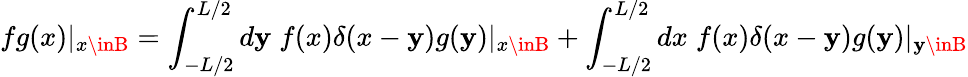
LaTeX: fg(x)|_{x\inB}=\int_{-L/2}^{L/2}d\mathbf{y}\; f(x)\delta(x-\mathbf{y})g(\mathbf{y})|_{x\inB}+\int_{-L/2}^{L/2}dx\; f(x)\delta(x-\mathbf{y})g(\mathbf{y})|_{\mathbf{y}\inB}